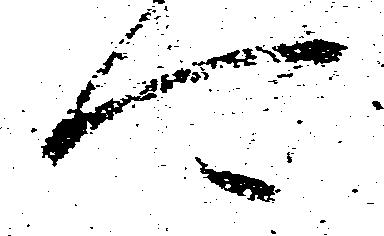
可